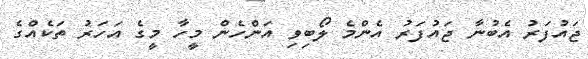
ޖައުފަރު އެބުނާ ޖައުފަރު އެންމެ ލޯބިވި އަންހެން މީހާ މީގެ އަހަރު ތަކެއްގެ